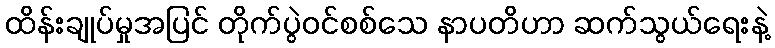
ထိန်းချုပ်မှုအပြင် တိုက်ပွဲဝင်စစ်သေ နာပတိဟာ ဆက်သွယ်ရေးနဲ့